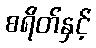
စရိတ်နှင့်